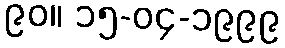
၉၀။ ၁၅-၀၄-၁၉၉၉